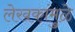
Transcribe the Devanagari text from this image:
लेखकांमुळे